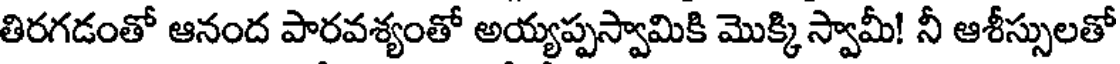
తిరగడంతో ఆనంద పారవశ్యంతో అయ్యప్పస్వామికి మొక్కి స్వామీ! నీ ఆశీస్సులతో